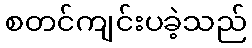
စတင်ကျင်းပခဲ့သည်